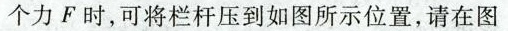
个力F时，可将栏杆压到如图所示位置，请在图